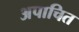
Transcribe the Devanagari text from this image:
अपाचित